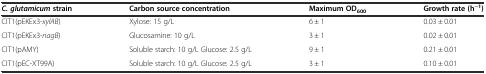
| C. glutamicumstrain | Carbon source concentration | Maximum OD600 | Growth rate (h−1) |
 | --- | --- | --- | --- |
 | CIT1(pEKEx3-xylAB) | Xylose: 15 g/L | 6 ± 1 | 0.03 ± 0.01 |
 | CIT1(pEKEx3-nagB) | Glucosamine: 10 g/L | 3 ± 1 | 0.02 ± 0.01 |
 | CIT1(pAMY) | Soluble starch: 10 g/L Glucose: 2.5 g/L | 9 ± 1 | 0.21 ± 0.01 |
 | CIT1(pEC-XT99A) | Soluble starch: 10 g/L Glucose: 2.5 g/L | 3 ± 1 | 0.10 ± 0.01 |